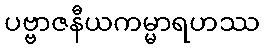
ပဗ္ဗာဇနီယကမ္မာရဟဿ